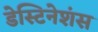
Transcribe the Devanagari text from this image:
डेस्टिनेशंस